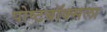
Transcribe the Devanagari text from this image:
पोष्टबॉक्सला